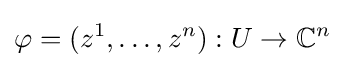
\varphi =(z^{1},\dots ,z^{n}):U\to \mathbb {C} ^{n}